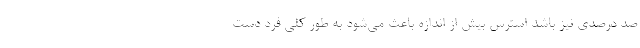
صد درصدی نیز باشد استرس بیش از اندازه باعث می‌شود به طور کلی فرد دست